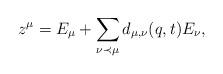
LaTeX: \begin{align*}z^{\mu} = E_{\mu} + \sum_{\nu \prec \mu} d_{\mu,\nu}(q,t) E_{\nu},\end{align*}